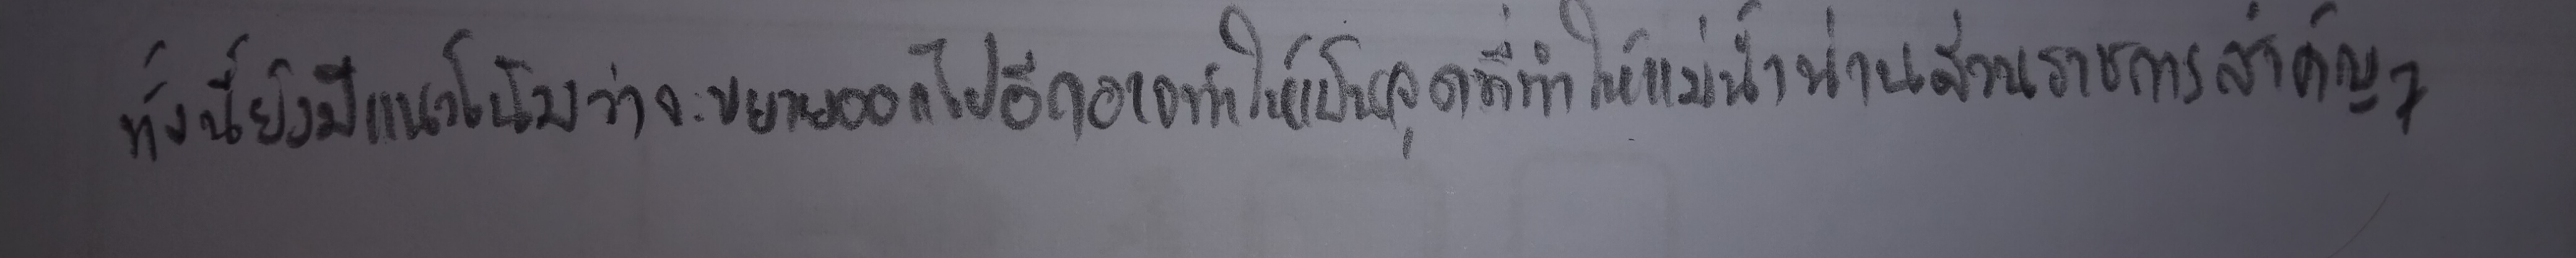
ทั้งนี้ยังมีแนวโน้มว่าจะขยายออกไปอีกอาจทำให้เป็นจุดที่ทำให้แม่น้ำน่านส่วนราชการสำคัญๆ